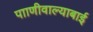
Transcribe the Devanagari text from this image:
पााणीवाल्याबाई